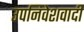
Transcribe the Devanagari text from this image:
उपनिवेशवादी